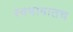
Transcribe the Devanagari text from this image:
स्वभावातच